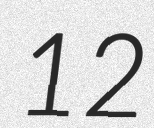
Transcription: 12